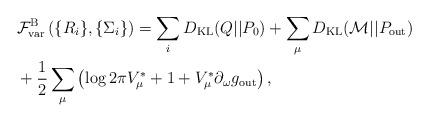
LaTeX: \begin{align*}& {\cal F}^{\rm B}_{\rm var} \left(\{R_{i}\},\{\Sigma_{i}\}\right)= \sum_{i} D_{\rm KL} (Q||P_0) +\sum_{\mu} D_{\rm KL}( {\cal M}|| P_{\rm out} ) \\&+ \frac 12 \sum_{\mu}\left( \log{2\pi V_\mu^*}+1+V_\mu^*\partial_{\omega} g_{\rm out} \right) , \end{align*}